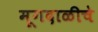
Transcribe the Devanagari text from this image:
मूगदाळीचे